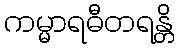
ကမ္မာရဓီတရန္တိ